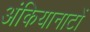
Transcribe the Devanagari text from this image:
अंकियानाटों